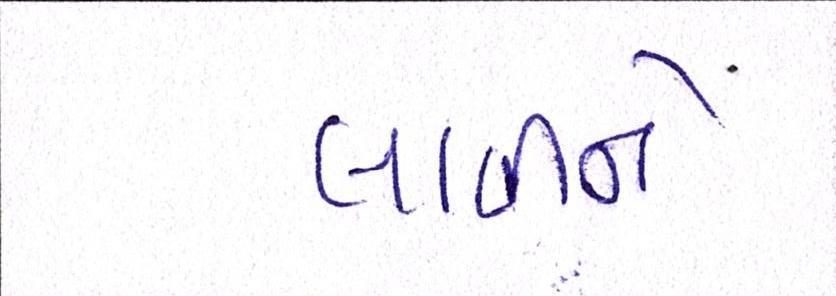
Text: લાવીને